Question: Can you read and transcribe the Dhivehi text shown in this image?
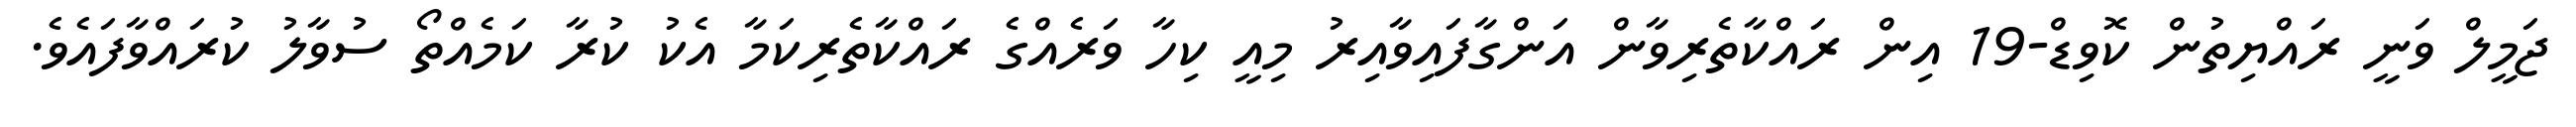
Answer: ޖަމީލް ވަނީ ރައްޔިތުން ކޮވިޑް-19 އިން ރައްކާތެރިވާން އަންގާފައިވާއިރު މިއީ ކިހާ ވަރެއްގެ ރައްކާތެރިކަމާ އެކު ކުރާ ކަމެއްތޯ ސުވާލު ކުރައްވާފައެވެ.